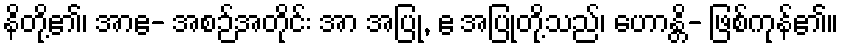
နိတို့၏၊ အာဧ- အစဉ်အတိုင်း အာ အပြု, ဧ အပြုတို့သည်၊ ဟောန္တိ- ဖြစ်ကုန်၏။